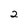
Character: 2